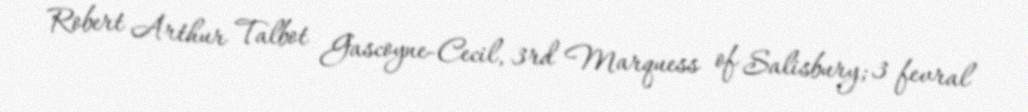
Robert Arthur Talbot Gascoyne-Cecil, 3rd Marquess of Salisbury; 3 fevral